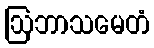
ဩဘာသမေတံ